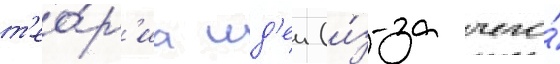
т'ео́р'иа ид'еи (и́з-за чего́